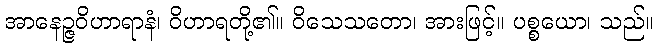
အာနေဉ္ဇဝိဟာရာနံ၊ ဝိဟာရတို့၏။ ဝိသေသတော၊ အားဖြင့်။ ပစ္စယော၊ သည်။